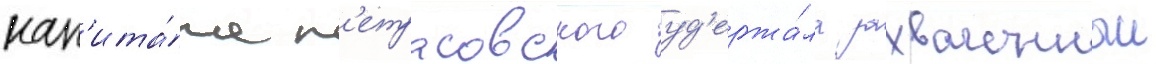
кап'ита́на п'етраковского уд'ержа́ла захваченныи